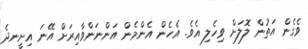
ވެގެން އަތުން ލޮލަށް ވިހެލި އެވެ. އެހެން އެންމެން އަންނަންވާއިރަށް އޭނަ އިށީނދެ